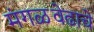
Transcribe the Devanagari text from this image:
मंगळवेढाचे